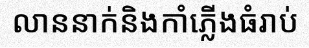
លាននាក់និងកាំភ្លើងធំរាប់